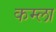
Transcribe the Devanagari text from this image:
कम्ला